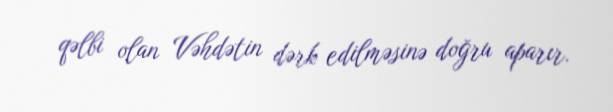
qəlbi olan Vəhdətin dərk edilməsinə doğru aparır.